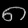
Digit: ၈